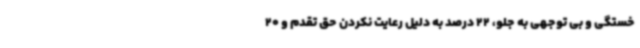
خستگی و بی توجهی به جلو، 22 درصد به دلیل رعایت نکردن حق تقدم و 20